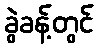
ခွဲခန့်တွင်